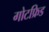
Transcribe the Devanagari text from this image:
गोटफ्रिड